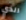
الذي